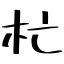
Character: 杧